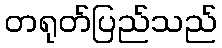
တရုတ်ပြည်သည်